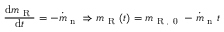
\frac { \mathrm { d } m _ { \mathrm { ~ R ~ } } } { \mathrm { d } t } = - \dot { m } _ { \mathrm { ~ n ~ } } \Rightarrow m _ { \mathrm { ~ R ~ } } ( t ) = m _ { \mathrm { ~ R ~ , ~ 0 ~ } } - \dot { m } _ { \mathrm { ~ n ~ } } t